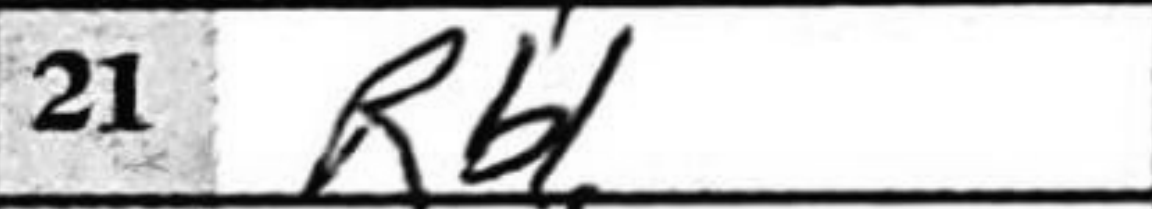
Transcription: Rb1